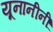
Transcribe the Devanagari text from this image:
यूनानीनीं